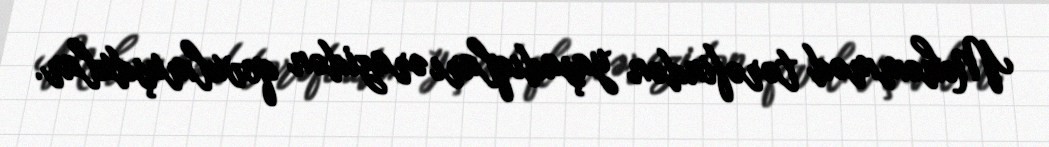
Məhəmməd tərəfindən yaşadıqları ərazidən qovulmuşdular.